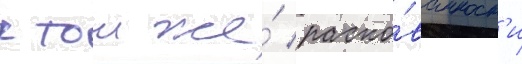
к тои же́ раско́ванност'и